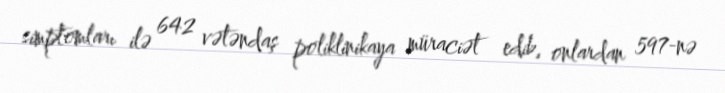
simptomları ilə 642 vətəndaş poliklinikaya müraciət edib, onlardan 597-nə